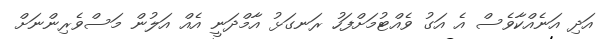
އަދި އަނެއްކާވެސް އެ އަގު ވެއްޓުމަށްފަހު ރަނގަޅު އާމްދަނީ އެއް އަލުން މަސްވެރިންނަށް